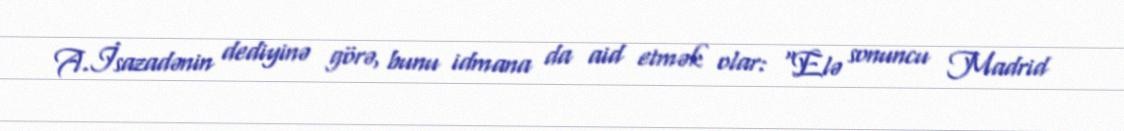
A.İsazadənin dediyinə görə, bunu idmana da aid etmək olar: “Elə sonuncu Madrid